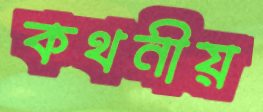
কথনীয়